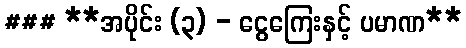
### **အပိုင်း (၃) - ငွေကြေးနှင့် ပမာဏ**